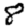
Digit: 8